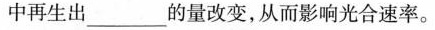
中再生出___的量改变，从而影响光合速率。